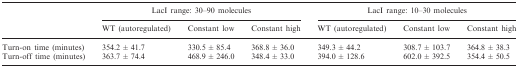
| <ROWSPAN=2>  | <COLSPAN=3> LacI range: 30–90 molecules | <COLSPAN=3> LacI range: 10–30 molecules |
 | WT (autoregulated) | Constant low | Constant high | WT (autoregulated) | Constant low | Constant high |
 | --- | --- | --- | --- | --- | --- | --- |
 | Turn-on time (minutes) | 354.2 ± 41.7 | 330.5 ± 85.4 | 368.8 ± 36.0 | 349.3 ± 44.2 | 308.7 ± 103.7 | 364.8 ± 38.3 |
 | Turn-off time (minutes) | 363.7 ± 74.4 | 468.9 ± 246.0 | 348.4 ± 33.0 | 394.0 ± 128.6 | 602.0 ± 392.5 | 354.4 ± 50.5 |